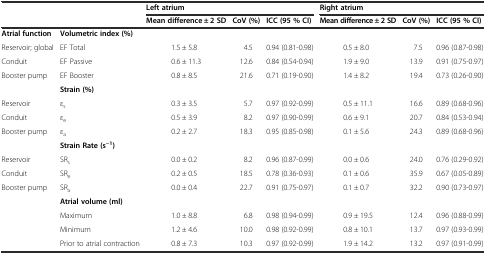
<table><thead><tr><td></td><td></td><td colspan="3"><b>Left atrium</b></td><td colspan="3"><b>Right atrium</b></td></tr><tr><td></td><td></td><td><b>Mean difference ± 2 SD</b></td><td><b>CoV (%)</b></td><td><b>ICC (95 % CI)</b></td><td><b>Mean difference ± 2 SD</b></td><td><b>CoV (%)</b></td><td><b>ICC (95 % CI)</b></td></tr></thead><tbody><tr><td><b>Atrial function</b></td><td><b>Volumetric index (%)</b></td><td></td><td></td><td></td><td></td><td></td><td></td></tr><tr><td>Reservoir; global</td><td>EF Total</td><td>1.5 ± 5.8</td><td>4.5</td><td>0.94 (0.81-0.98)</td><td>0.5 ± 8.0</td><td>7.5</td><td>0.96 (0.87-0.98)</td></tr><tr><td>Conduit</td><td>EF Passive</td><td>0.6 ± 11.3</td><td>12.6</td><td>0.84 (0.54-0.94)</td><td>1.9 ± 9.0</td><td>13.9</td><td>0.91 (0.75-0.97)</td></tr><tr><td>Booster pump</td><td>EF Booster</td><td>0.8 ± 8.5</td><td>21.6</td><td>0.71 (0.19-0.90)</td><td>1.4 ± 8.2</td><td>19.4</td><td>0.73 (0.26-0.90)</td></tr><tr><td></td><td><b>Strain (%)</b></td><td></td><td></td><td></td><td></td><td></td><td></td></tr><tr><td>Reservoir</td><td>ε<sub>s</sub></td><td>0.3 ± 3.5</td><td>5.7</td><td>0.97 (0.92-0.99)</td><td>0.5 ± 11.1</td><td>16.6</td><td>0.89 (0.68-0.96)</td></tr><tr><td>Conduit</td><td>ε<sub>e</sub></td><td>0.5 ± 3.9</td><td>8.2</td><td>0.97 (0.90-0.99)</td><td>0.6 ± 9.1</td><td>20.7</td><td>0.84 (0.53-0.94)</td></tr><tr><td>Booster pump</td><td>ε<sub>a</sub></td><td>0.2 ± 2.7</td><td>18.3</td><td>0.95 (0.85-0.98)</td><td>0.1 ± 5.6</td><td>24.3</td><td>0.89 (0.68-0.96)</td></tr><tr><td></td><td><b>Strain Rate (s</b><sup><b>−1</b></sup><b>)</b></td><td></td><td></td><td></td><td></td><td></td><td></td></tr><tr><td>Reservoir</td><td>SR<sub>s</sub></td><td>0.0 ± 0.2</td><td>8.2</td><td>0.96 (0.87-0.99)</td><td>0.0 ± 0.6</td><td>24.0</td><td>0.76 (0.29-0.92)</td></tr><tr><td>Conduit</td><td>SR<sub>e</sub></td><td>0.2 ± 0.5</td><td>18.5</td><td>0.78 (0.36-0.93)</td><td>0.1 ± 0.6</td><td>35.9</td><td>0.67 (0.05-0.89)</td></tr><tr><td>Booster pump</td><td>SR<sub>a</sub></td><td>0.0 ± 0.4</td><td>22.7</td><td>0.91 (0.75-0.97)</td><td>0.1 ± 0.7</td><td>32.2</td><td>0.90 (0.73-0.97)</td></tr><tr><td></td><td><b>Atrial volume (ml)</b></td><td></td><td></td><td></td><td></td><td></td><td></td></tr><tr><td></td><td>Maximum</td><td>1.0 ± 8.8</td><td>6.8</td><td>0.98 (0.94-0.99)</td><td>0.9 ± 19.5</td><td>12.4</td><td>0.96 (0.88-0.99)</td></tr><tr><td></td><td>Minimum</td><td>1.2 ± 4.6</td><td>10.0</td><td>0.98 (0.92-0.99)</td><td>0.8 ± 10.1</td><td>13.7</td><td>0.97 (0.93-0.99)</td></tr><tr><td></td><td>Prior to atrial contraction</td><td>0.8 ± 7.3</td><td>10.3</td><td>0.97 (0.92-0.99)</td><td>1.9 ± 14.2</td><td>13.2</td><td>0.97 (0.91-0.99)</td></tr></tbody></table>